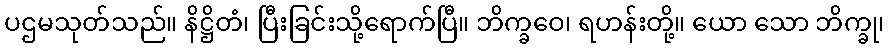
ပဌမသုတ်သည်။ နိဋ္ဌိတံ၊ ပြီးခြင်းသို့ရောက်ပြီ။ ဘိက္ခဝေ၊ ရဟန်းတို့။ ယော သော ဘိက္ခု၊